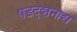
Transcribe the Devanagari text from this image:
षडदशनाद्य